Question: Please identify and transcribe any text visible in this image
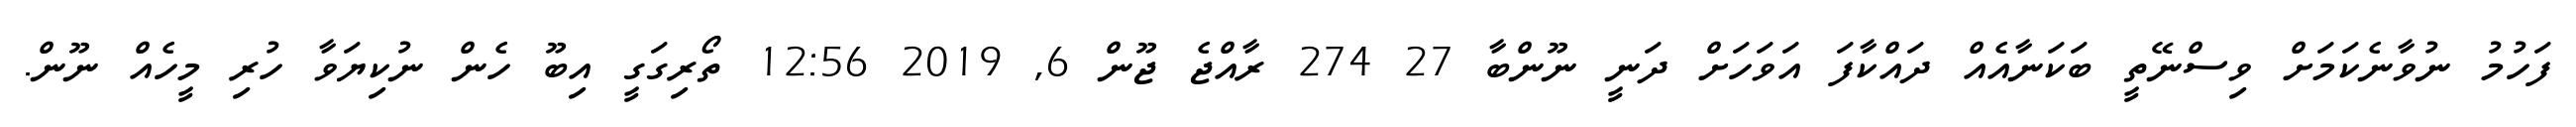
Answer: ފަހުމު ނުވާނެކަމަށް ވިސްނޭތީ ބަކަނާއެއް ދައްކާފަ އަވަހަށް ދަނީ ނޫންބާ 27 274 ރާއްޖެ ޖޫން 6, 2019 12:56 ތޯރިގަގީ އިބޫ ހެން ނުކިޔަވާ ހުރި މީހެއް ނޫން.